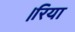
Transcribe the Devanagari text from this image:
।रिया